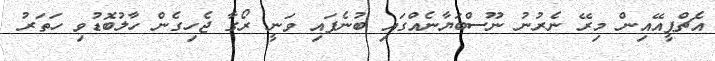
އެޗްޕީއޭއިން މިރޭ ނެރުނު ނޫސްބަޔާނެއްގައި ބުނެފައި ވަނީ ރޯގާ ޖެހިގެން ހާލުބޮޑުވި ހަތަރު